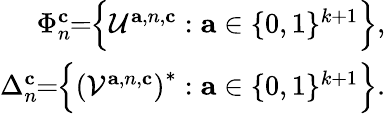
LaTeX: \begin{array}{r}{\Phi_{n}^{\mathbf{c}}\! \! =\! \! \Big\{ \mathcal{U}^{\mathbf{a},{n},\mathbf{c}}:\mathbf{a}\in\{ 0,1\} ^{k+1}\Big\} ,}\\ {\Delta_{n}^{\mathbf{c}}\! \! =\! \! \Big\{ \left(\mathcal{V}^{\mathbf{a},{n},\mathbf{c}}\right)^{*}:\mathbf{a}\in\{ 0,1\} ^{k+1}\Big\} .}\end{array}